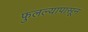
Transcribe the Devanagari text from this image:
फुलल्यापासून